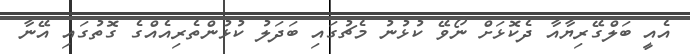
އެއީ ބަލްގޭރިޔާއާ ދެކޮޅަށް ނޯވޭ ކުޅުނު މެޗުގައި ބަދަލު ކުޅުންތެރިއެއްގެ ގޮތުގައި އޭނާ